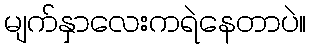
မျက်နှာလေးကရဲနေတာပဲ။